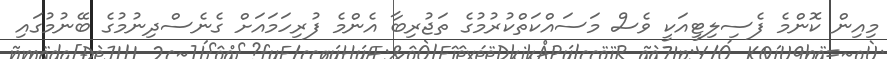
މިއިން ކޮންމެ ފެސިލިޓީއަކީ ވެސް މަސައްކަތްކުރުމުގެ ތަޖުރިބާ އެންމެ ފުރިހަމައަށް ގެނެސްދިނުމުގެ ބޭނުމުގައި